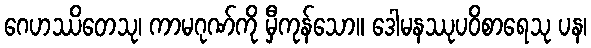
ဂေဟဿိတေသု၊ ကာမဂုဏ်ကို မှီကုန်သော။ ဒေါမနဿုပဝိစာရေသု ပန၊